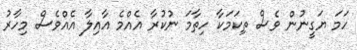
ހަމަ ޔަގީނުން ވެސް ތިކަމަކާ ހިތާމަ ނުކުރާ އެއްމެ އާއިލާ އެއްވެސް މިހާރު